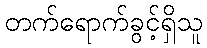
တက်ရောက်ခွင့်ရှိသူ